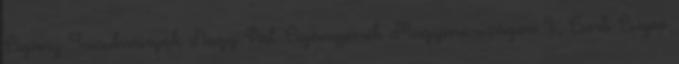
Cigány Tanulmányok Nagy Pál: Cigányperek Magyarországon I.; Cserti Csapó